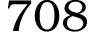
7 0 8